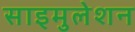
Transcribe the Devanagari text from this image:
साइमुलेशन